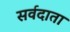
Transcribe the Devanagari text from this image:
सर्वदाता